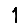
Digit: 1